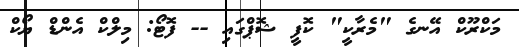
މަކްރޫކް އޭނގެ "މެރާކީ" ކޮފީ ޝޮޕްގައި -- ފޮޓޯ: މިލްކް އެންޑް ޔޯކް